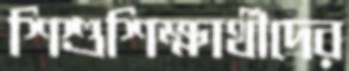
শিশুশিক্ষার্থীদের